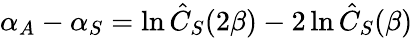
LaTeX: \alpha_{A}-\alpha_{S}=\ln\hat{C}_{S}(2\beta)-2\ln\hat{C}_{S}(\beta)